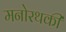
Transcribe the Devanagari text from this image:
मनोरथकी